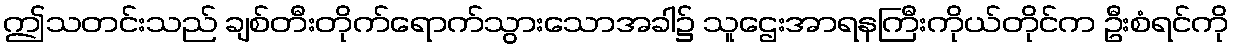
ဤသတင်းသည် ချစ်တီးတိုက်ရောက်သွားသောအခါ၌ သူဌေးအာရနကြီးကိုယ်တိုင်က ဦးစံရင်ကို